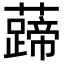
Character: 𧀰